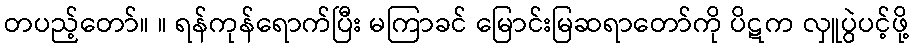
တပည့်တော်။ ။ ရန်ကုန်ရောက်ပြီး မကြာခင် မြောင်းမြဆရာတော်ကို ပိဋက လှူပွဲပင့်ဖို့